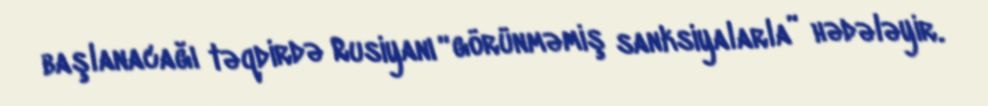
başlanacağı təqdirdə Rusiyanı “görünməmiş sanksiyalarla” hədələyir.